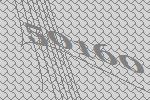
50160